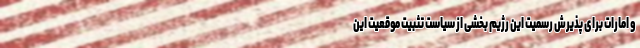
و امارات برای پذیرش رسمیت این رژیم بخشی از سیاست تثبیت موقعیت این